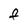
Character: F